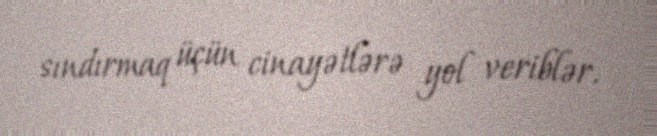
sındırmaq üçün cinayətlərə yol veriblər.